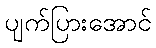
ပျက်ပြားအောင်